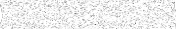
٩٠